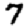
Digit: 7